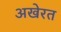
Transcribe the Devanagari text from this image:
अखेरत